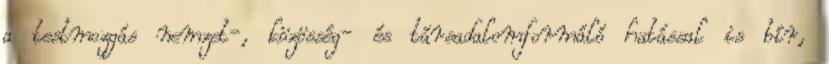
a testmozgás nemzet-, közösség- és társadalomformáló hatással is bír,